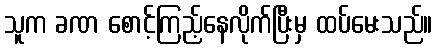
သူက ခဏ စောင့်ကြည့်နေလိုက်ပြီးမှ ထပ်မေးသည်။